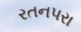
રતનપરા